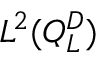
L ^ { 2 } ( Q _ { L } ^ { D } )